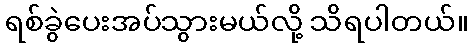
ရစ်ခွဲပေးအပ်သွားမယ်လို့ သိရပါတယ်။